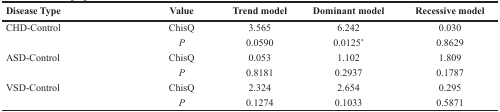
<table><thead><tr><td><b>Disease Type</b></td><td><b>Value</b></td><td><b>Trend model</b></td><td><b>Dominant model</b></td><td><b>Recessive model</b></td></tr></thead><tbody><tr><td rowspan="2">CHD-Control</td><td>ChisQ</td><td>3.565</td><td>6.242</td><td>0.030</td></tr><tr><td><i>P</i></td><td>0.0590</td><td>0.0125<sup>*</sup></td><td>0.8629</td></tr><tr><td rowspan="2">ASD-Control</td><td>ChisQ</td><td>0.053</td><td>1.102</td><td>1.809</td></tr><tr><td><i>P</i></td><td>0.8181</td><td>0.2937</td><td>0.1787</td></tr><tr><td rowspan="2">VSD-Control</td><td>ChisQ</td><td>2.324</td><td>2.654</td><td>0.295</td></tr><tr><td><i>P</i></td><td>0.1274</td><td>0.1033</td><td>0.5871</td></tr></tbody></table>